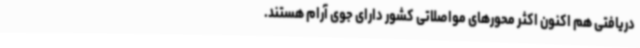
دریافتی هم اکنون اکثر محورهای مواصلاتی کشور دارای جوی آرام هستند.